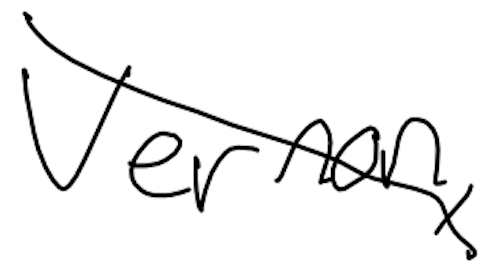
Text: Vernon,
Cross-out: diagonal
Writing tool: digital_black